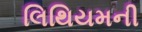
લિથિયમની